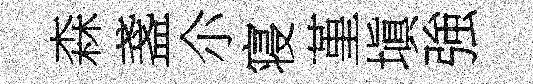
森盞尒寝堇塡強